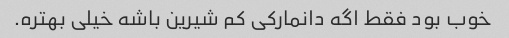
خوب بود فقط اگه دانمارکی کم شیرین باشه خیلی بهتره.